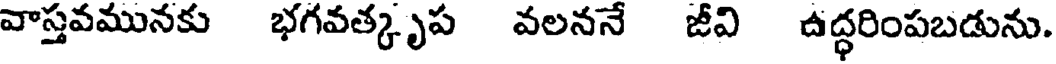
వాస్తవమునకు భగవత్కృప వలననే జీవి ఉద్ధరింపబడును.